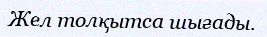
Жел толқытса шығады.